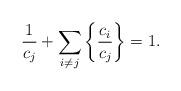
LaTeX: \begin{align*}\frac{1}{c_j}+\sum_{i\neq j}\left\{\frac{c_i}{c_j}\right\}=1.\end{align*}